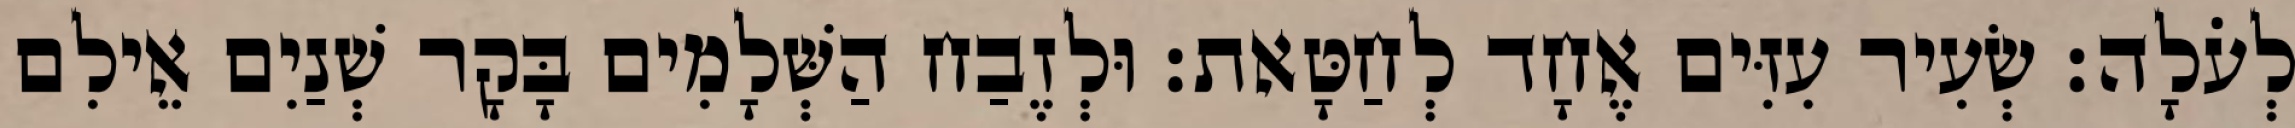
לְעֹלָה׃ שְׂעִיר עִזִּים אֶחָד לְחַטָּאת׃ וּלְזֶבַח הַשְּׁלָמִים בָּקָר שְׁנַיִם אֵילִם